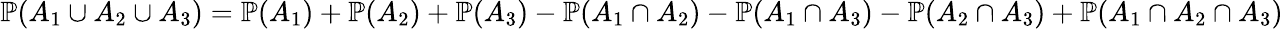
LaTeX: \mathbb{P}(A_{1}\cup A_{2}\cup A_{3})=\mathbb{P}(A_{1})+\mathbb{P}(A_{2})+\mathbb{P}(A_{3})-\mathbb{P}(A_{1}\cap A_{2})-\mathbb{P}(A_{1}\cap A_{3})-\mathbb{P}(A_{2}\cap A_{3})+\mathbb{P}(A_{1}\cap A_{2}\cap A_{3})